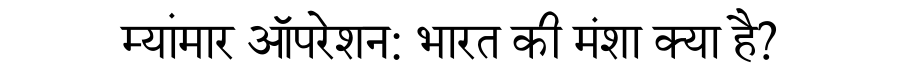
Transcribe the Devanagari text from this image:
म्यांमार ऑपरेशन: भारत की मंशा क्या है?